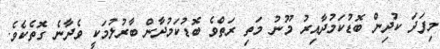
މިފަދަ ކުދިން ބޮޑުކަމުދާއިރު މޫނު މަތި ރަތްވެ ބޮޑުކަމުދާން ބާރުލުމަކީ ވެދާނެ ގޮތެކެވެ.